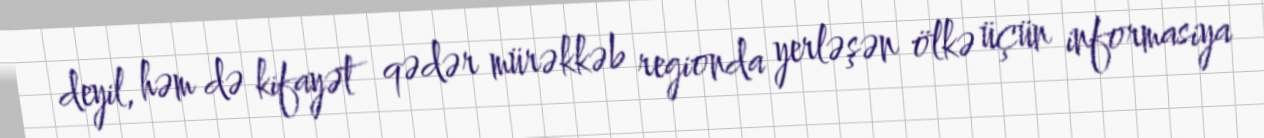
deyil, həm də kifayət qədər mürəkkəb regionda yerləşən ölkə üçün informasiya